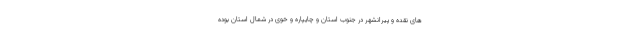
های نقده و پیرانشهر در جنوب استان و چایپاره و خوی در شمال استان بوده